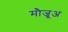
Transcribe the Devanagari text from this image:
मौजूअ